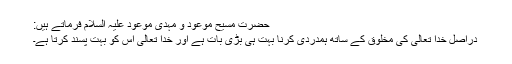
حضرت مسیح موعود و مہدی موعود علیہ السلام فرماتے ہیں:
دراصل خدا تعالیٰ کی مخلوق کے ساتھ ہمدردی کرنا بہت ہی بڑی بات ہے اور خدا تعالیٰ اس کو بہت پسند کرتا ہے۔